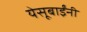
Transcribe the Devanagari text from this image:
येसूबाईंनी